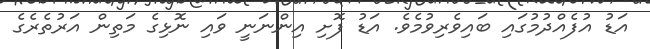
އަޑު އުފެއްދުމުގައި ބައިވެރިވުމެވެ. އަޑު ފޮށި އިންނަނީ ވައި ނޮޅިގެ މަތިން އަރުތެރެގެ